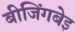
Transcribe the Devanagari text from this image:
बीजिंगबेइ